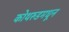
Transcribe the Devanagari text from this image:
कोथरुडमधून